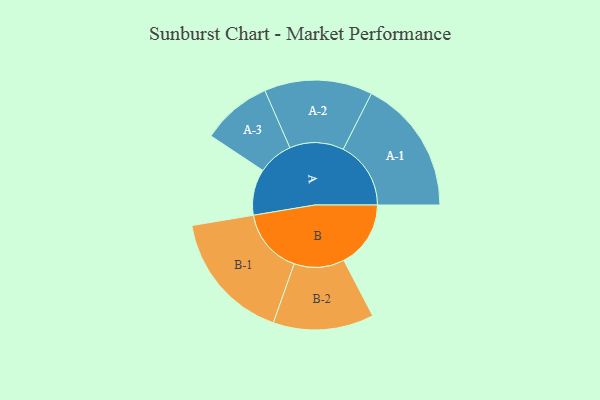
{"axis": {"x": "Segment", "y": "Value"}, "legend": ["", "A", "B"], "data": [{"x": "A", "y": 184, "type": ""}, {"x": "B", "y": 267, "type": ""}, {"x": "A-1", "y": 270, "type": "A"}, {"x": "A-2", "y": 216, "type": "A"}, {"x": "A-3", "y": 140, "type": "A"}, {"x": "B-1", "y": 261, "type": "B"}, {"x": "B-2", "y": 201, "type": "B"}]}